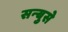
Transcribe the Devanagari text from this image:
सन्बुसे